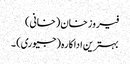
فیروز خان (خانی)
بہترین اداکارہ (جیوری) ۔